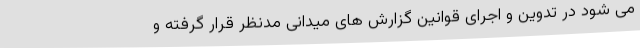
می شود در تدوین و اجرای قوانین گزارش های میدانی مدنظر قرار گرفته و